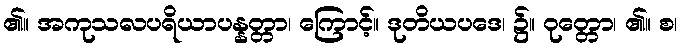
၏။ အကုသလပရိယာပန္နတ္တာ၊ ကြောင့်။ ဒုတိယပဒေ၊ ၌။ ဝုတ္တော၊ ၏။ စ၊